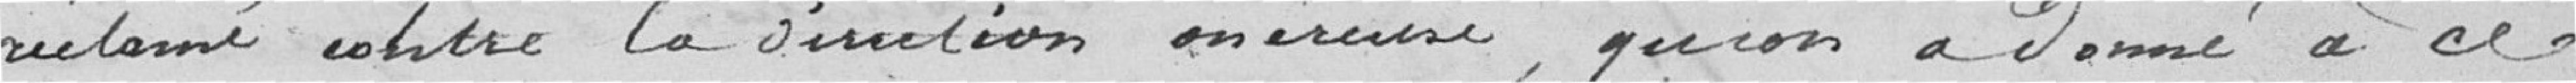
réclamé contre la direction onéreuse, qu'on a donné à ce